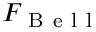
F _ { \mathrm { ~ B ~ e ~ l ~ l ~ } }